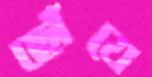
ছোঁযে